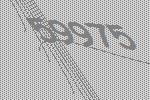
59975